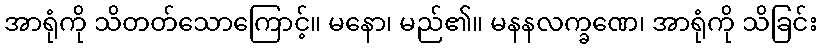
အာရုံကို သိတတ်သောကြောင့်။ မနော၊ မည်၏။ မနနလက္ခဏေ၊ အာရုံကို သိခြင်း